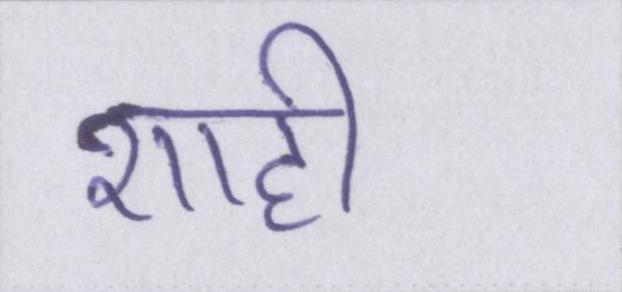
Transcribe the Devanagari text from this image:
शाही